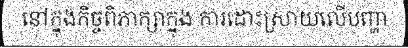
នៅក្នុងកិច្ចពិភាក្សាក្នុង ការដោះស្រាយលើបញ្ហា